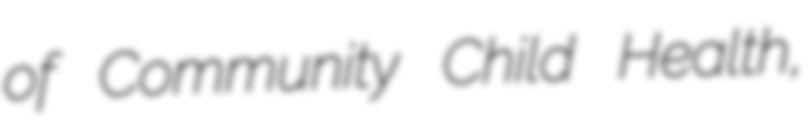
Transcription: of Community Child Health,